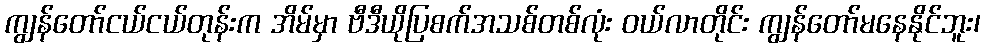
ကျွန်တော်ငယ်ငယ်တုန်းက အိမ်မှာ ဗီဒီယိုပြစက်အသစ်တစ်လုံး ဝယ်လာတိုင်း ကျွန်တော်မနေနိုင်ဘူး၊